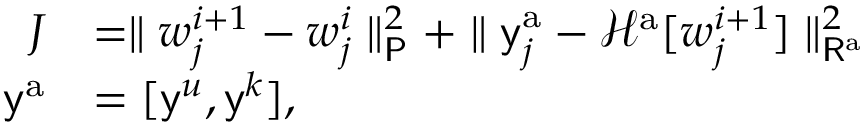
\begin{array} { r l } { J } & { = \parallel \boldsymbol { w } _ { j } ^ { i + 1 } - \boldsymbol { w } _ { j } ^ { i } \parallel _ { \mathsf { P } } ^ { 2 } + \parallel \mathsf { y } _ { j } ^ { \mathrm { a } } - \mathcal { H } ^ { \mathrm { a } } [ \boldsymbol { w } _ { j } ^ { i + 1 } ] \parallel _ { \mathsf { R } ^ { \mathrm { a } } } ^ { 2 } } \\ { \mathsf { y } ^ { \mathrm { a } } } & { = [ \mathsf { y } ^ { u } , \mathsf { y } ^ { k } ] \mathrm { , } } \end{array}